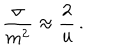
LaTeX: \frac { \sigma } { m ^ { 2 } } \approx \frac { 2 } { u } \, .